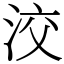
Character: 洨